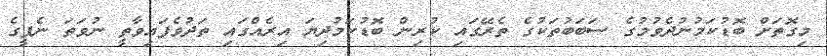
މިގޮތަށް ބޮޑުކަމުނުދެވުމުގެ ސަބަބުތަކުގެ ތެރޭގައި ކުރިން ބޮޑުކަމުދިޔަ އިރެއްގައި ތަދުވެފައިވާތީ ނުވަތަ ނެޕީގެ